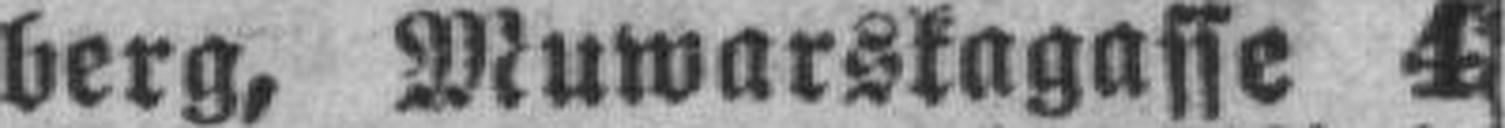
berg, Muwarskagasse 4